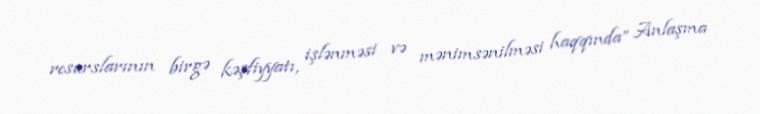
resurslarının birgə kəşfiyyatı, işlənməsi və mənimsənilməsi haqqında” Anlaşma